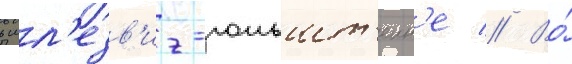
в шл'езв'иг-гольшт'еин'е // Во́